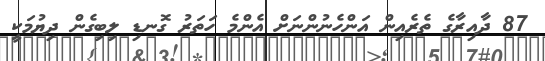
87 ދާއިރާގެ ތެރެއިން އަންހެނުންނަށް އެންމެ ހަތަރު ގޮނޑި ލިބިގެން ދިޔުމަކީ